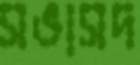
সভাসদ